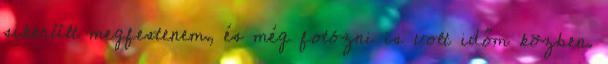
sikerült megfestenem, és még fotózni is volt időm közben.